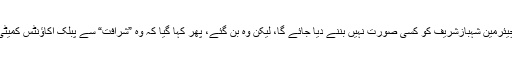
پھر کئی مہینے تک کہا جاتا رہا کہ پبلک اکاﺅنٹس کمیٹی کا چیئرمین شہبازشریف کو کسی صورت نہیں بننے دیا جائے گا، لیکن وہ بن گئے، پھر کہا گیا کہ وہ ”شرافت“ سے پبلک اکاﺅنٹس کمیٹی کے چیئرمین کا عہدہ چھوڑ دیں، ورنہ انہیں ہٹا دیا جائے گا۔